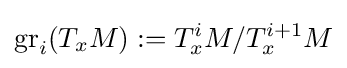
\mathrm {gr} _{i}(T_{x}M):=T_{x}^{i}M/T_{x}^{i+1}M